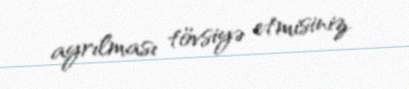
ayrılması tövsiyə etmisiniz.